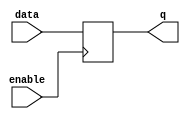
module transparent_latch (
    input data,
    input enable,
    output reg q
);

always @ (posedge enable)
begin
    if (enable)
        q <= data;
end

endmodule